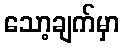
သော့ချက်မှာ